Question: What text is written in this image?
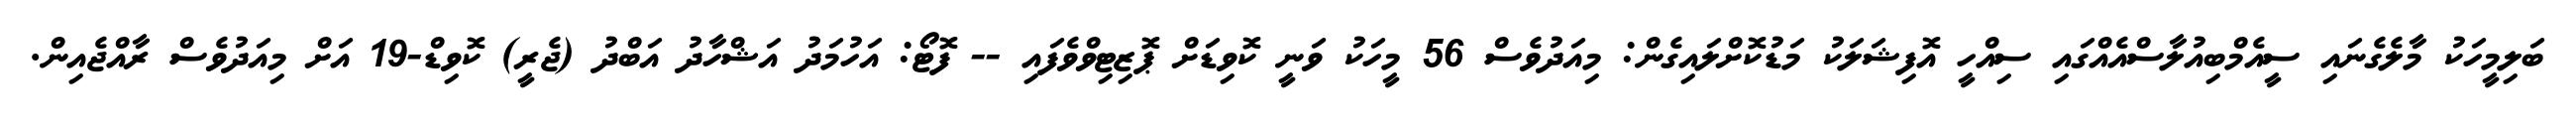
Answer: ބަލިމީހަކު މާލެގެނައި ސީއެމްބިއުލާސްއެއްގައި ސިއްހީ އޮފިޝަލަކު މަޑުކޮށްލައިގެން: މިއަދުވެސް 56 މީހަކު ވަނީ ކޮވިޑަށް ޕޮޒިޓިވްވެފައި -- ފޮޓޯ: އަހުމަދު އަޝްހާދު އަބްދު (ޖެރީ) ކޮވިޑް-19 އަށް މިއަދުވެސް ރާއްޖެއިން.